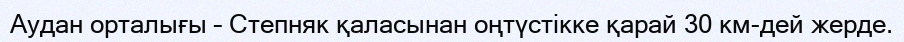
Аудан орталығы – Степняк қаласынан оңтүстікке қарай 30 км-дей жерде.